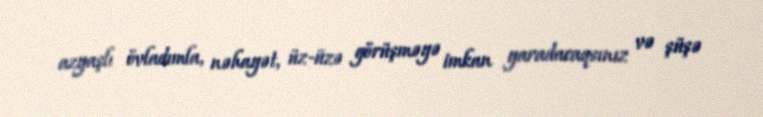
azyaşlı övladımla, nəhayət, üz-üzə görüşməyə imkan yaradacaqsınız və şüşə